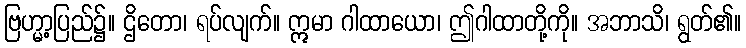
ဗြဟ္မာ့ပြည်၌။ ဌိတော၊ ရပ်လျက်။ ဣမာ ဂါထာယော၊ ဤဂါထာတို့ကို။ အဘာသိ၊ ရွတ်၏။